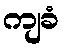
ကျခံ